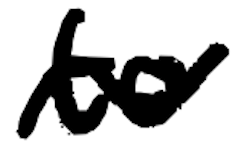
Text: to
Cross-out: wave
Writing tool: digital_black